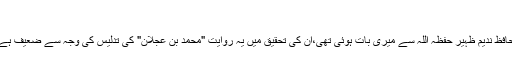
‏فروری 15، 2012 #9
بھائی اس حدیث کی سند کے بارے میں حافظ ندیم ظہیر حفظہ اللہ سے میری بات ہوئی تھی،ان کی تحقیق میں یہ روایت "محمد بن عجلان" کی تدلیس کی وجہ سے ضعیف ہے اور اس کے تمام شواہد بھی ضعیف ہیں۔